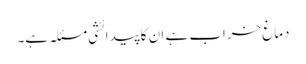
دماغ خراب ہے ان کا پیدائشی مسئلہ ہے۔